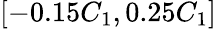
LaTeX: [-0.15C_{1},0.25C_{1}]